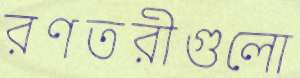
রণতরীগুলো